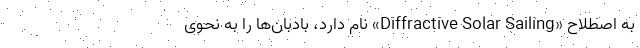
به اصطلاح «Diffractive Solar Sailing» نام دارد، بادبان‌ها را به نحوی